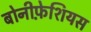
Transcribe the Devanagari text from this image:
बोनीफ़ेशियस